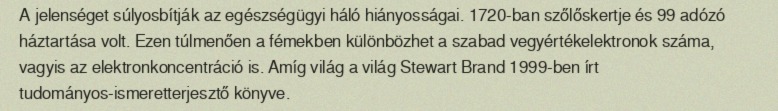
A jelenséget súlyosbítják az egészségügyi háló hiányosságai. 1720-ban szőlőskertje és 99 adózó háztartása volt. Ezen túlmenően a fémekben különbözhet a szabad vegyértékelektronok száma, vagyis az elektronkoncentráció is. Amíg világ a világ Stewart Brand 1999-ben írt tudományos-ismeretterjesztő könyve.